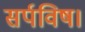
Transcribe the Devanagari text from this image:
सर्पविष।